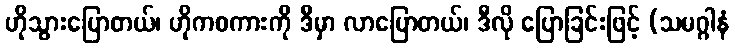
ဟိုသွားပြောတယ်၊ ဟိုကစကားကို ဒီမှာ လာပြောတယ်၊ ဒီလို ပြောခြင်းဖြင့် (သမဂ္ဂါနံ